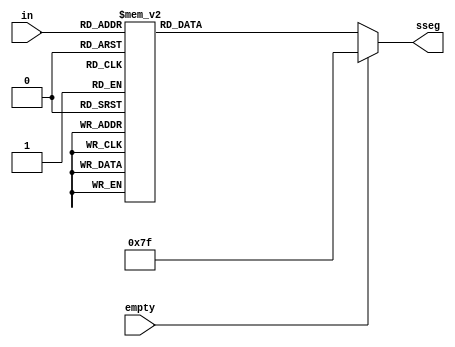
module display7seg(in, sseg, empty);
	input [3:0] in;
	input empty;
	output reg [6:0]sseg;


	 always@ * begin
		if(empty)
			sseg[6:0] <= 7'b1111111;
		else
		  case(in)
			4'h0: sseg[6:0] <= 7'b1000000;
			4'h1: sseg[6:0] <= 7'b1111001;
			4'h2: sseg[6:0] <= 7'b0100100;
			4'h3: sseg[6:0] <= 7'b0110000;
			4'h4: sseg[6:0] <= 7'b0011001;
			4'h5: sseg[6:0] <= 7'b0010010;
			4'h6: sseg[6:0] <= 7'b0000010;
			4'h7: sseg[6:0] <= 7'b1111000;
			4'h8: sseg[6:0] <= ~7'h7f;
			4'h9: sseg[6:0] <= ~7'h6f;
			4'ha: sseg[6:0] <= ~7'h77;
			4'hb: sseg[6:0] <= ~7'h7c;
			4'hc: sseg[6:0] <= ~7'h39;
			4'hd: sseg[6:0] <= ~7'h5e;
			4'he: sseg[6:0] <= ~7'h79;
			4'hf: sseg[6:0] <= ~7'h71;
			default: sseg[6:0] <= 7'b1010101; //empty
		  endcase
	 end

endmodule